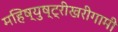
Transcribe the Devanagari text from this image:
महिष्युष्ट्रीखरीगामी